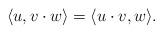
LaTeX: \begin{align*}\langle u, v \cdot w \rangle = \langle u \cdot v, w \rangle. \end{align*}